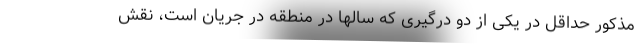
مذکور حداقل در یکی از دو درگیری که سالها در منطقه در جریان است، نقش